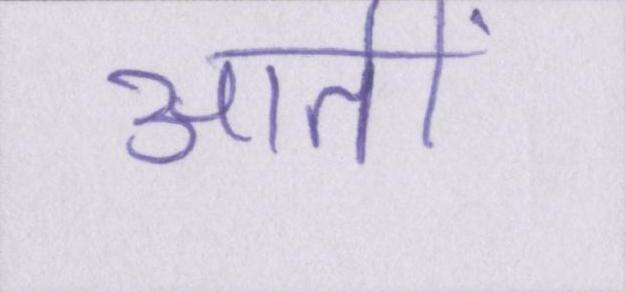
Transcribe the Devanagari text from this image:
आतीं